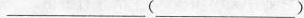
___ （___）